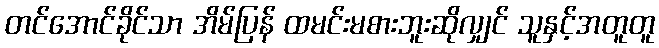
တင်အောင်ခိုင်သာ အိမ်ပြန် ထမင်းမစားဘူးဆိုလျှင် သူနှင့်အတူတူ